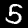
Digit: 5